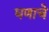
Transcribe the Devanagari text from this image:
घणाचे